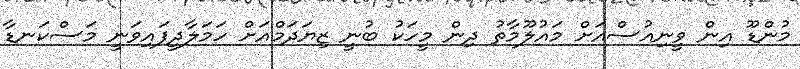
މުންޑޫ އިން ވީނިއުސްއަށް މައުލޫމާތު ދިން މީހަކު ބުނީ ޒިޔަދަމްއަށް ހަމަލާދީފައިވަނީ މަސްކަނޑާ